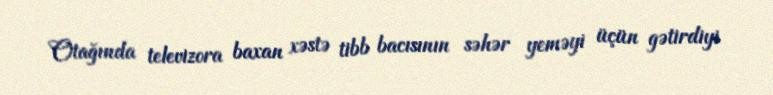
Otağında televizora baxan xəstə tibb bacısının səhər yeməyi üçün gətirdiyi